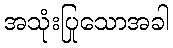
အသုံးပြုသောအခါ